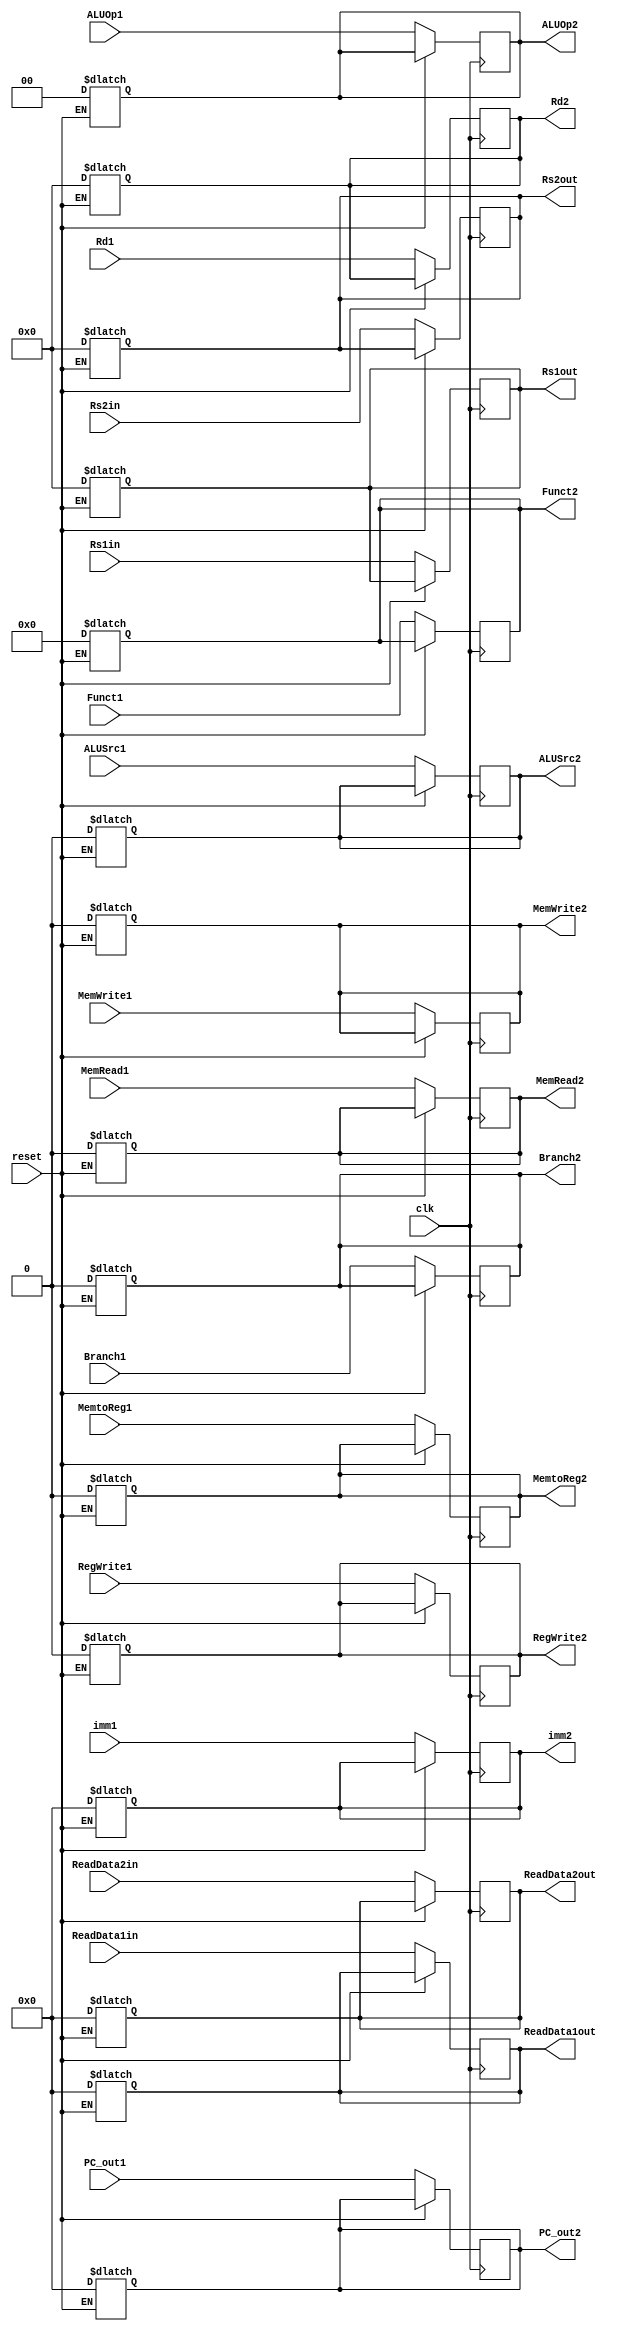
module ID_EX
(
	input [63:0] PC_out1,
	output reg [63:0] PC_out2,
	input [63:0] ReadData1in,
	output reg [63:0] ReadData1out,
	input [63:0] ReadData2in,
	output reg [63:0] ReadData2out,
	input [63:0] imm1,
	output reg [63:0] imm2,
	input clk,
	input reset,
	input Branch1, MemRead1, MemtoReg1, MemWrite1, ALUSrc1, RegWrite1,
	output reg Branch2, MemRead2, MemtoReg2, MemWrite2, ALUSrc2, RegWrite2,
	input [1:0] ALUOp1,
	output reg [1:0] ALUOp2,
	input [4:0] Rd1,
	output reg [4:0] Rd2,
	input [3:0] Funct1,
	output reg [3:0] Funct2,
	input [4:0]Rs1in, Rs2in,
	output reg [4:0] Rs1out, Rs2out
);

	always@(posedge clk)
	begin
	if(reset == 1'b0)
		begin
		PC_out2 <= PC_out1;
		ReadData1out <= ReadData1in;
		ReadData2out <= ReadData2in;
		Branch2 <= Branch1;
		MemtoReg2 <= MemtoReg1;
		MemWrite2 <= MemWrite1;
		MemRead2 <= MemRead1;
		ALUSrc2 <= ALUSrc1;
		RegWrite2 <= RegWrite1;
		ALUOp2 <= ALUOp1;
		imm2 <= imm1;
		Rd2 <= Rd1;
		Funct2 <= Funct1;
		Rs1out <= Rs1in;
		Rs2out <= Rs2in;
		end
	end
	
	always@(reset)
	begin
		if(reset == 1'b1)
		begin
			PC_out2 <= 0;
			ReadData1out <= 0;
			ReadData2out <= 0;
			Branch2 <= 0;
			MemtoReg2 <= 0;
			MemWrite2 <= 0;
			MemRead2 <= 0;
			ALUSrc2 <= 0;
			RegWrite2 <= 0;
			ALUOp2 <= 0;
			imm2 <= 0;
			Rd2 <= 0;
			Funct2 <= 0;
			Rs1out <= 0;
			Rs2out <= 0;
		end
	end
	
endmodule